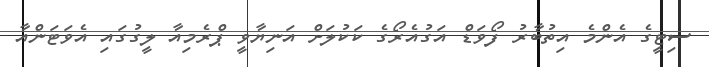
ސިޓީގެ އެންމެ އިތުބާރު ފޯވަޑް އަގުއެރޯގެ ކަކުލަށް އަނިޔާވީ ޕްރެމިއާ ލީގުގައި އެވަޓަންއާ